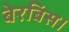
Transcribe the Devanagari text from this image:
बेरबिस।